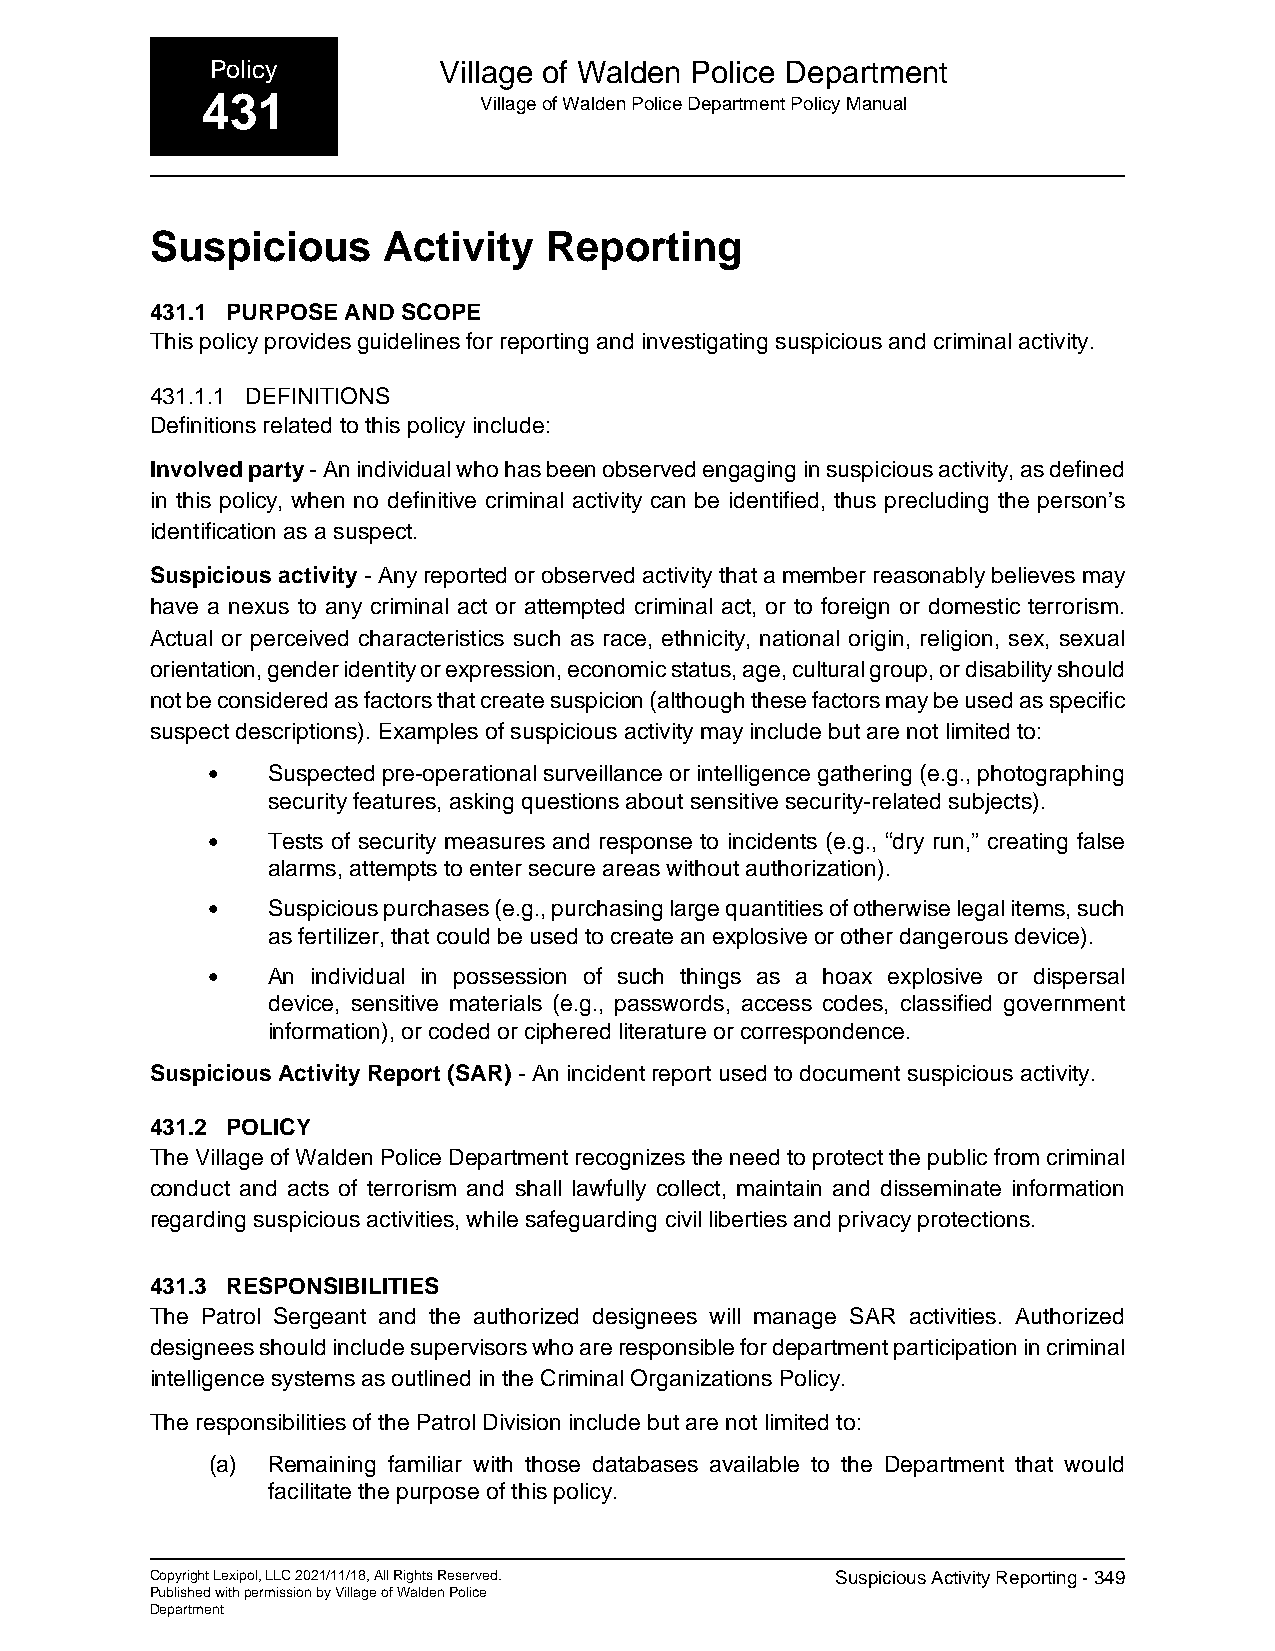
Policy         Village of Walden Police Department
 431                Village of Walden Police Department Policy Manual
 Suspicious     Activity   Reporting
 431.1 PURPOSE AND SCOPE
 This policy provides guidelines for reporting and investigating suspicious and criminal activity.
 431.1.1 DEFINITIONS
 Definitions related to this policy include:
 Involved party - An individual who has been observed engaging in suspicious activity, as defined
 in this policy, when no definitive criminal activity can be identified, thus precluding the person’s
 identification as a suspect.
 Suspicious activity - Any reported or observed activity that a member reasonably believes may
 have a nexus to any criminal act or attempted criminal act, or to foreign or domestic terrorism.
 Actual or perceived characteristics such as race, ethnicity, national origin, religion, sex, sexual
 orientation, gender identity or expression, economic status, age, cultural group, or disability should
 not be considered as factors that create suspicion (although these factors may be used as specific
 suspect descriptions). Examples of suspicious activity may include but are not limited to:
 •   Suspected pre-operational surveillance or intelligence gathering (e.g., photographing
 security features, asking questions about sensitive security-related subjects).
 •   Tests of security measures and response to incidents (e.g., “dry run,” creating false
 alarms, attempts to enter secure areas without authorization).
 •   Suspicious purchases (e.g., purchasing large quantities of otherwise legal items, such
 as fertilizer, that could be used to create an explosive or other dangerous device).
 •   An individual in possession of such things as a hoax explosive or dispersal
 device, sensitive materials (e.g., passwords, access codes, classified government
 information), or coded or ciphered literature or correspondence.
 Suspicious Activity Report (SAR) - An incident report used to document suspicious activity.
 431.2 POLICY
 The Village of Walden Police Department recognizes the need to protect the public from criminal
 conduct and acts of terrorism and shall lawfully collect, maintain and disseminate information
 regarding suspicious activities, while safeguarding civil liberties and privacy protections.
 431.3 RESPONSIBILITIES
 The Patrol Sergeant and the authorized designees will manage SAR activities. Authorized
 designees should include supervisors who are responsible for department participation in criminal
 intelligence systems as outlined in the Criminal Organizations Policy.
 The responsibilities of the Patrol Division include but are not limited to:
 (a) Remaining familiar with those databases available to the Department that would
 facilitate the purpose of this policy.
 Copyright Lexipol, LLC 2021/11/18, All Rights Reserved. Suspicious Activity Reporting - 349
 Published with permission by Village of Walden Police
 Department